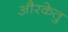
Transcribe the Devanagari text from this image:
औरकेतु